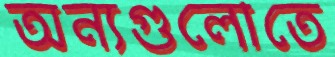
অন্যগুলোতে